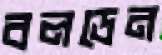
বলডেন